Annual statistical returns and brief notes on vaccination in Bengal - 1887-1898
Year: 1887
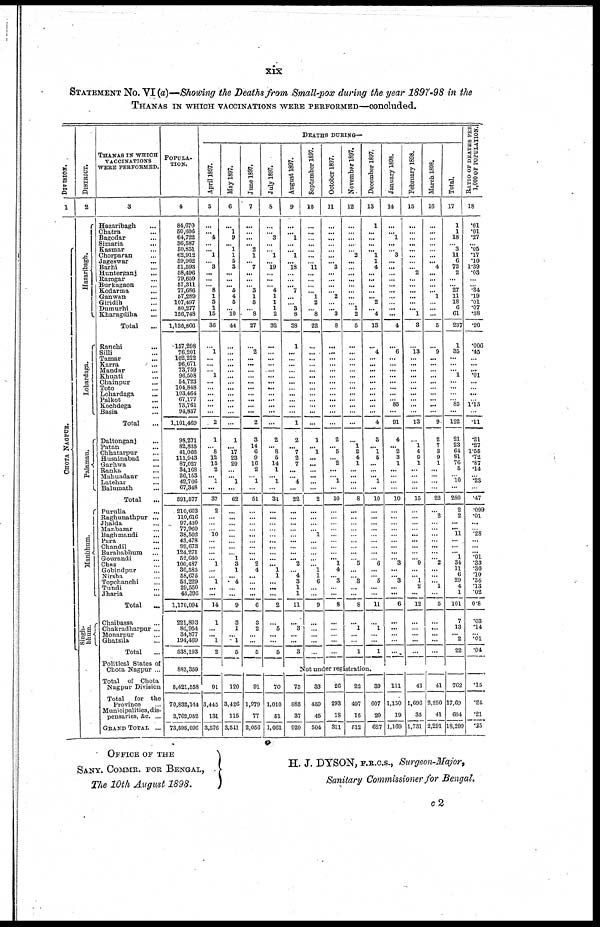
xix
STATEMENT No. VI (a)—Showing the Deaths from Small-pox during the year 1897-98 in the
THANAS IN WHICH VACCINATIONS WERE PERFORMED—concluded.
DIVISION.
1
CHOT A NAGP UR.
DISTRICT.
2
Ha z a r
i
ba gh.
Lohardaga.
Pa l
a ma u.
Manbhum.
Singh-
bhum.
THANAS IN WHICH
VACCINATIONS
WERE PERFORMED.
3
Hazaribagh...
Chatra...
Bagodar...
Simaria...
Kasmar...
Chorparan...
Jageswar...
Barhi...
Hunterganj...
Ramgar...
Burkagaon...
Kodarma...
Ganwan...
Giridih...
Dumurhi...
Kharagdiha...
Total...
Ranchi...
Silli...
Tamar...
Karra...
Mandar...
Khunti...
Chainpur...
Toto...
Lohardaga...
Palkot...
Kochdega...
Basia...
Total...
Daltonganj...
Patan... Chhatarpur...
Husainabad...
Garhwa...
Ranka...
Mahuadaur...
Latehar...
Balumath...
Total
...
Purulia...
Raghunathpur...
Jhalda...
Manbazar...
Baghmadi...
Para...
Chandil...
Barahabhum...
Gourandi...
Chas...
Gobindpur...
Nirsha...
Topchanchi...
Tundi...
Jharia...
Total...
Chaibassa...
Chakradharpur ...
Monarpur...
Ghatsila...
Total...
Political States of
Chota Nagpur ...
Total of Chota
Nagpur Division
Total
for the
Province...
Municipalities, dis-
pensaries, &c. ...
GRAND TOTAL ...
POPULA-
TION.
4
84,670
50,606 64,722
36,587
50,851
62,912
59,962
51,593
58,496
79,659
57,311
77,686
57,289
107,497
80,277
156,748
1,136,866
157,298
76,201
102,222
96,671
73,759
96,508
54,723
104,848
103,464
67,177
73,761
94,837
1,101,469
98,271
82,835
41,066
111,943
87,027
34,168
26,153
42,766
67,348
591,577
210,603
110,616
97,430
77,960
38,502
43,478
92,673
124,271
52,640
100,487
36,585
58,675
53,229
29,550
43,395
1,170,094
221,893
86,954
34,877
194,469
538,193
883,359
5,421,558
70,832,114
2,762,952
73,595,096
DEATHS DURING—
April 1897.
5
...
...
4
...
... 1
...
3
...
...
...
8
1
3
1
15
36
...
1
...
...
...
1
...
...
...
...
...
...
2
1
...
8
12
13 2
... 1
...
37
2
...
...
...
10
...
...
...
... 1
...
...
1
...
...
14
1
...
... 1
2
May 1897.
6
...
1 9
... 1
1
5
3
...
...
... 5
4
6
... 10
44
...
...
...
...
...
...
...
...
...
...
...
...
...
1
...
17
23
20
...
... 1
...
62
...
...
...
...
...
...
...
...
1
3
1
... 4
...
...
9
3
1
... 1
5
June 1897.
7
...
...
...
... 2
1
... 7
...
...
... 3
1
6
... 8
27
...
2
...
...
...
...
...
...
...
...
...
...
2
3
14
6
9
16 2
...
1
...
51
...
...
...
...
...
...
...
...
... 2
4
...
...
...
...
6
3
2
...
...
5
July 1897.
8
...
...
3
...
...
1
... 19
...
...
... 4
1
1
1
2
32
...
...
...
...
....
...
...
...
...
...
...
...
...
2
...
8
6
14 1
... 1
...
31
...
...
...
...
...
...
...
...
...
... 1
1
...
...
...
2
...
5
...
...
5
August 1897.
9
...
...
1
...
...
1
...
18
...
...
... 7
...
...
3
8
38
1
...
...
...
...
...
...
...
...
...
...
...
1
2
...
7
2
7
...
...
4
...
22
...
...
...
...
...
...
...
...
... 2
... 4
3
1
1
11
...
3
...
...
3
September 1897.
10
...
...
... ...
...
...
... 11
...
...
...
... 1
2
...
8
22
...
...
...
...
...
...
...
...
...
...
...
...
...
1
...
1
...
...
...
...
...
...
2
...
...
...
...
1
...
...
...
...
...
1
1
6
...
...
9
...
...
...
...
...
October 1897.
11
...
...
...
...
...
...
...
3
...
...
...
...
2
...
... 3
8
...
...
...
...
...
...
...
...
...
...
...
...
...
2
...
5
...
2
...
...
1
...
10
...
...
...
...
...
...
...
...
... 1
4
... 3
...
...
8
...
...
...
...
...
November 1897.
12
...
...
...
...
...
2
...
...
...
...
...
...
...
... 1
2
5
...
...
...
...
...
...
...
...
...
...
...
...
...
...
1
2
4
1
...
...
...
...
8
...
...
...
...
...
...
...
...
...
5
...
...
3
...
...
8
...
1
...
...
1
December 1897.
13
1
...
...
...
...
1
1
4
...
...
...
...
...
2
...
4
13
...
4
...
...
...
...
...
...
...
...
...
...
4
3
...
1
5
...
...
... 1
...
10
...
...
...
...
...
...
...
...
...
6
...
... 5
...
...
11
...
1
...
...
1
January 1893.
14
...
...
1
...
...
3
...
...
...
...
...
...
...
...
...
...
4
...
6
...
...
...
...
...
...
...
... 85
...
91
4
...
2
3
1
...
...
...
...
10
...
...
...
...
...
...
...
...
...
3
...
... 3
...
...
6
...
...
...
...
...
February 1898.
15
...
...
...
...
...
...
...
...
2
...
...
...
...
...
... 1
3
...
13
...
...
...
...
...
...
...
...
...
...
13
...
1
4
9
1
...
...
...
...
15
...
...
...
...
...
...
...
...
...
9
...
...
1
2
...
12
...
...
...
...
...
March 1898.
16
...
...
...
...
...
...
... 4
...
...
...
... 1
...
...
...
5
...
9
...
...
...
...
...
...
...
...
...
...
9
2
7
3
9
1
...
... ...
...
22
...
2
...
...
...
...
...
...
...
2
...
...
...
1
...
5
...
...
...
...
...
Total.
17
1
1
18
... 3
11
6
72
2
...
...
27
11
18
6
61
237
1
35
...
...
... 1
...
...
...
...
85
...
122
21
23
64
81
76 5
...
10
...
280
2
2
...
... 11
...
...
... 1
34
11
6
29
4
1
101
7
13
... 2
22
RATIO OF DEATHS PER
1,000 OR POPULATION.
18
.01
.01
.27
... .05
.17
.10
1.39
.03
...
...
.34
.19
.01
.07
.38
.20
.006
.45
...
...
... .01
...
...
...
...
1.15
...
.11
.21
.27
1.55
.72
.87 .14
...
.23
...
.47
.099
.01
...
...
.28
...
...
... .01
.33
.30 .10
.54
.13
.02
0.8
.03
.14
...
.01
.04
Not under registration.
91
3,445
131
3,576
120
3,426
115
3,541
91
1,979
77
2,056
70
1,010
51
1,061
75
883
37
920
33
459
45
504
26
293
18
311
22
497
15
512
39
607
20
627
111
1,150
19
1,169
43
1,696
35
1,731
41
2,250
41
2,291
762
17,69
604
18,299
.15
.24
.21
.35
OFFICE OF THE
SANY. COMMR. FOR BENGAL,
The 10th August 1898.
H. J. DYSON, F.R.C.S., Surgeon-Major,
Sanitary Commissioner for Bengal.
c2